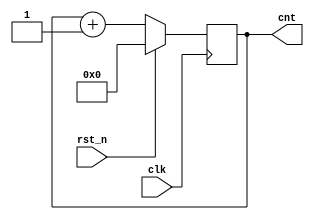
module counter(clk,rst_n,cnt);
input clk,rst_n;
output [3:0] cnt; //8bit

reg [3:0] cnt;

always @(posedge clk) begin //rst_n 1 
if(rst_n)
    cnt=4'b00;
else
    cnt=cnt+1;
end
endmodule

`timescale 1ns/1ps
module counter_tb;
reg clk,rst_n;
wire [3:0] cnt;

counter counter_inst(.clk(clk),.rst_n(rst_n),.cnt(cnt));

initial begin
    clk=0;
    rst_n=0; #10
    
    rst_n=1; #10 //cnt 
    rst_n=0; #200 //cnt 200 
    
    rst_n=1; #10 //cnt 
    rst_n=0; #10    //cnt 10 
    
    $finish;
end
always #5 clk = ~clk;

initial begin
    $monitor(" = %t, output cnt = %d", $time, cnt);
end
endmodule